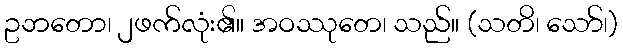
ဥဘတော၊ ၂ဖက်လုံး၏။ အဝဿုတေ၊ သည်။ (သတိ၊ သော်၊)